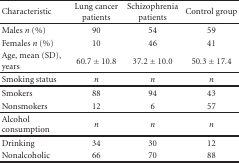
<table><thead><tr><td><b> Characteristic</b></td><td><b>Lung cancer patients</b></td><td><b>Schizophrenia patients</b></td><td><b>Control group</b></td></tr></thead><tbody><tr><td>Males <i>n</i> (%)</td><td>90</td><td>54</td><td>59</td></tr><tr><td>Females <i>n</i> (%)</td><td>10</td><td>46</td><td>41</td></tr><tr><td>Age, mean (SD), years</td><td>60.7 ± 10.8</td><td>37.2 ± 10.0</td><td>50.3 ± 17.4</td></tr><tr><td>Smoking status</td><td><i>n</i></td><td><i>n</i></td><td><i>n</i></td></tr><tr><td>Smokers</td><td>88</td><td>94</td><td>43</td></tr><tr><td>Nonsmokers</td><td>12</td><td>6</td><td>57 </td></tr><tr><td>Alcohol consumption</td><td><i>n</i></td><td><i>n</i></td><td><i>n</i></td></tr><tr><td>Drinking</td><td>34</td><td>30</td><td>12</td></tr><tr><td>Nonalcoholic</td><td>66</td><td>70</td><td>88</td></tr></tbody></table>